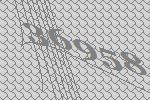
36958